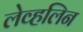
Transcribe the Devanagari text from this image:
लेव्हलिन